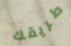
طريقك